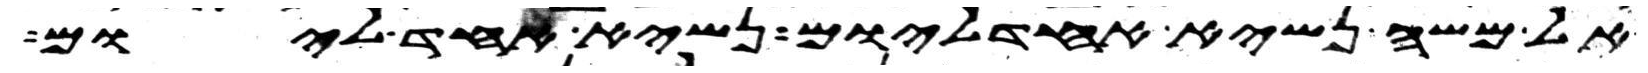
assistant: אל משה נשיא אחד ליום נשיא אחד ליום